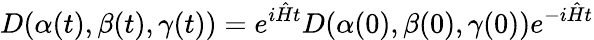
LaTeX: D(\alpha(t),\beta(t),\gamma(t))=e^{i\hat{H}t}D(\alpha(0),\beta(0),\gamma(0))e^{-i\hat{H}t}